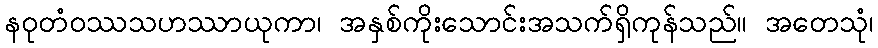
နဝုတံဝဿသဟဿာယုကာ၊ အနှစ်ကိုးသောင်းအသက်ရှိကုန်သည်။ အတေသုံ၊